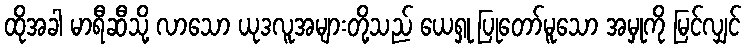
ထိုအခါ မာရီဆီသို့ လာသော ယုဒလူအများတို့သည် ယေရှု ပြုတော်မူသော အမှုကို မြင်လျှင်